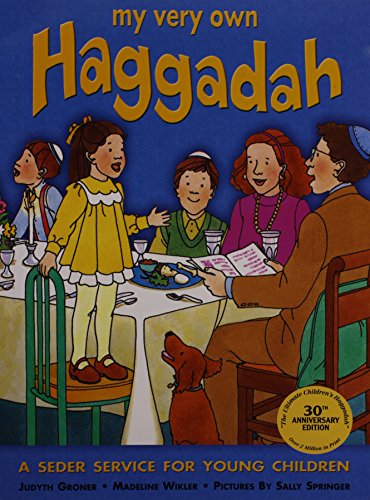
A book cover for My Very Own Haggadah; Sally Springer; Children's Books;